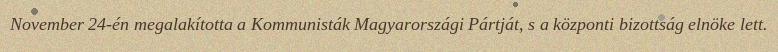
November 24-én megalakította a Kommunisták Magyarországi Pártját, s a központi bizottság elnöke lett.